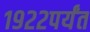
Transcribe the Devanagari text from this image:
१९२२पर्यंत